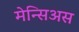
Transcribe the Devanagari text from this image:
मेन्सिअस